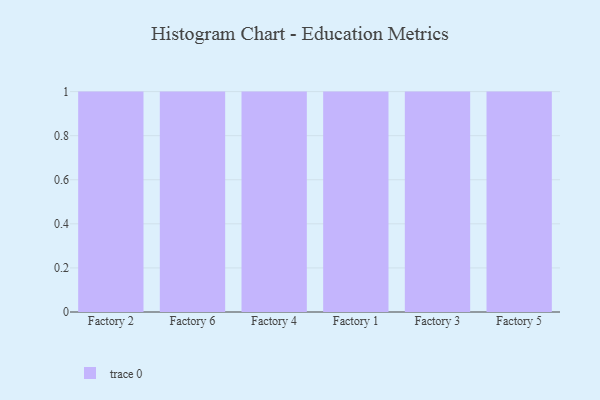
{"axis": {"x": "Factory", "y": "Budget (USD K)"}, "legend": [""], "data": [{"x": "Factory 2", "y": 44, "type": ""}, {"x": "Factory 6", "y": 27, "type": ""}, {"x": "Factory 4", "y": 66, "type": ""}, {"x": "Factory 1", "y": 97, "type": ""}, {"x": "Factory 3", "y": 55, "type": ""}, {"x": "Factory 5", "y": 53, "type": ""}]}